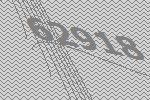
62918